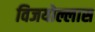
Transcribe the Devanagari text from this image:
विजयोल्लास